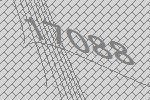
17088